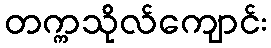
တက္ကသိုလ်ကျောင်း